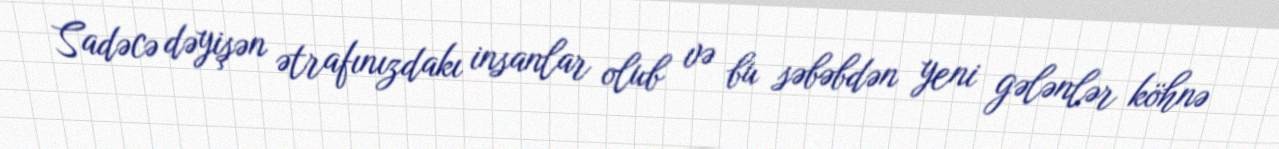
Sadəcə dəyişən ətrafınızdakı insanlar olub və bu səbəbdən yeni gələnlər köhnə